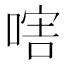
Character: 𠷪